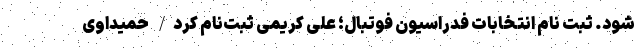
شود. ثبت نام انتخابات فدراسیون فوتبال؛ علی کریمی ثبت‌نام کرد/ حمیداوی